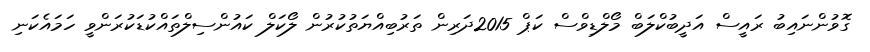
ގޮވުންނައިބު ރައީސް އަދީބުކްލަބް މޯލްޑިވްސް ކަޕް 2015ދަރިން ތަރުބިއްޔަތުކުރުން ލޯކަލް ކައުންސިލްތައްކުޑަކުރަންވީ ހަމައެކަނި